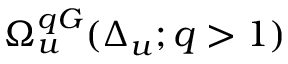
\Omega _ { u } ^ { q G } ( \Delta _ { u } ; q > 1 )